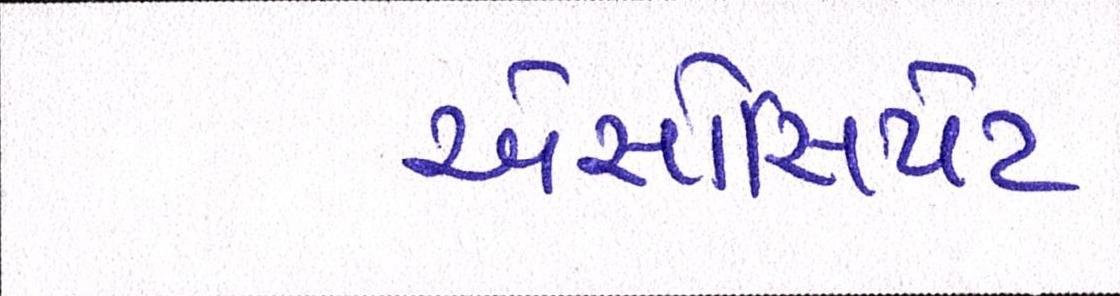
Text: એસોસિયેટ